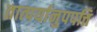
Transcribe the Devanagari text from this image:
तात्पर्यानुपपत्ति